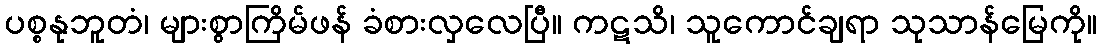
ပစ္စနုဘူတံ၊ များစွာကြိမ်ဖန် ခံစားလှလေပြီ။ ကဋသိ၊ သူကောင်ချရာ သုသာန်မြေကို။